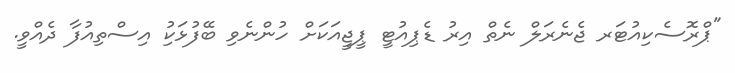
"ޕްރޮސެކިއުޓަރ ޖެނެރަލް ނެތް އިރު ޑެޕިއުޓީ ޕީޖީއަކަށް ހުންނެވި ބޭފުޅަކިު އިސްތިއުފާ ދެއްވީ.